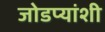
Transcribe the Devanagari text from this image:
जोडप्यांशी